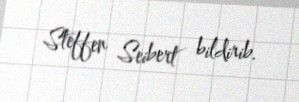
Steffen Seibert bildirib.